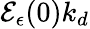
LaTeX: \mathcal{E}_{\epsilon}(0)k_{d}